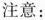
注意：